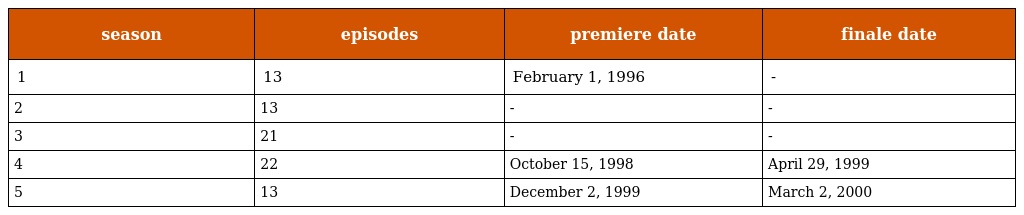
| season | episodes | premiere date | finale date |
 | --- | --- | --- | --- |
 | 1 | 13 | February 1, 1996 | - |
 | 2 | 13 | - | - |
 | 3 | 21 | - | - |
 | 4 | 22 | October 15, 1998 | April 29, 1999 |
 | 5 | 13 | December 2, 1999 | March 2, 2000 |